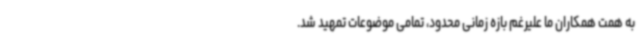
به همت همکاران ما علیرغم بازه زمانی محدود، تمامی موضوعات تمهید شد.